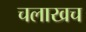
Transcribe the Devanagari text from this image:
चलाखच